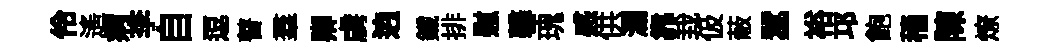
伶遙病李自逗瞽羣卿虜逈鐵排慰馨瑰感供瀾靠㘽伋蔽蠶裕邛飽穡陳燎